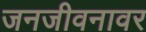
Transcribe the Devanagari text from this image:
जनजीवनावर